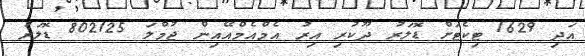
އަދި 1629 ޓިކެޓަށް ޑޮލަރު ދޫކުރި އިރު އެމްއެމްއޭއިން ޖުމްލަ 802125 ޑޮލަރު